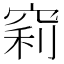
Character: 𥦉